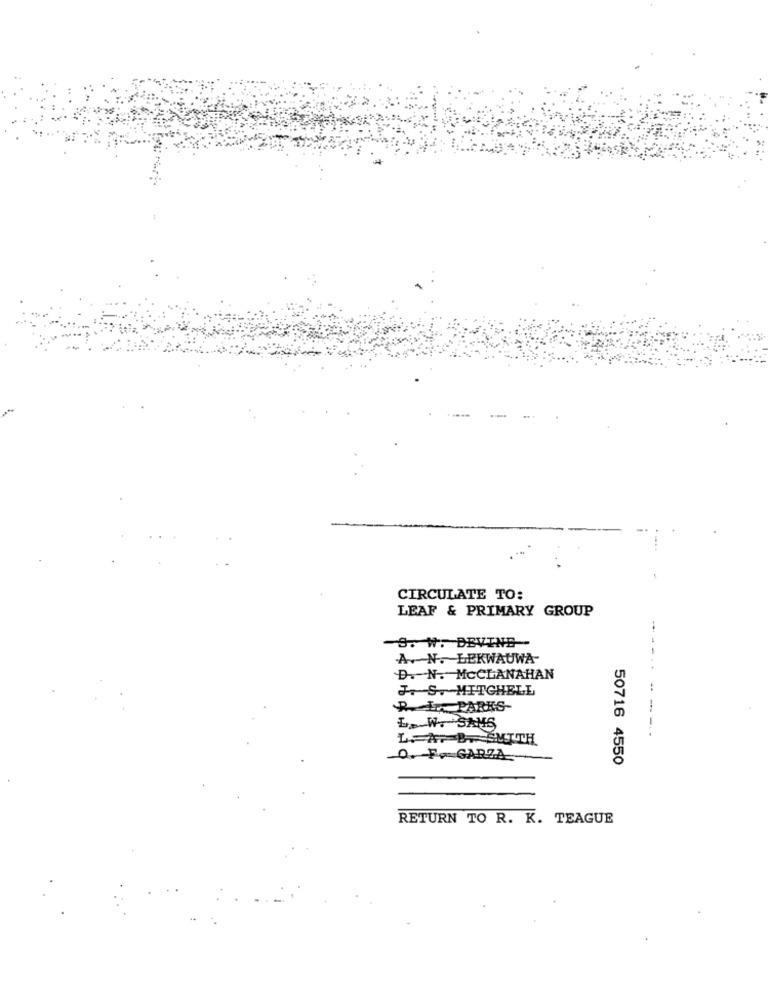
CIRCULATE TO:
LEAF & PRIMARY GROUP
-S. W. DEVINE -
AN. LEKWAUWA
D. N. MCCLANAHAN
JS. MITCHELL
R. L ., PARKS-
L. W. SANS
--
LA. B.SMITH
O. F. GARZA
50716 4550
RETURN TO R. K. TEAGUE